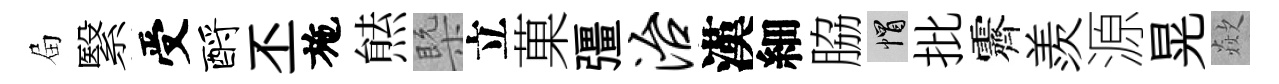
屇繄受酹丕施㷱槩立菓彊治漢細脇帽批霽羨源晃歘